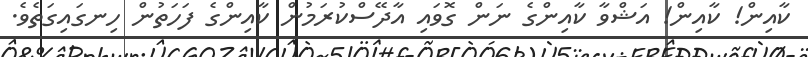
ކާއިން! ކާއިން! އަޝްވާ ކާއިންގެ ނަން ގޮވައި އާދޭސްކުރަމުން ކާއިންގެ ފަހަތުން ހިނގައިގަތެވެ.